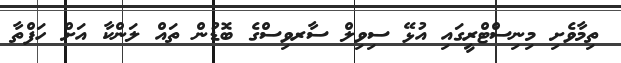
ތިމާވެށި މިނިސްޓްރީގައި އުޅޭ ސިވިލް ސާރވިސްގެ ބޮޑުން ތައް ލަންކާ އަށް ހަފްތާ